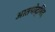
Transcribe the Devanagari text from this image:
आतपोद्भिद